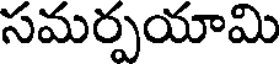
సమర్పయామి